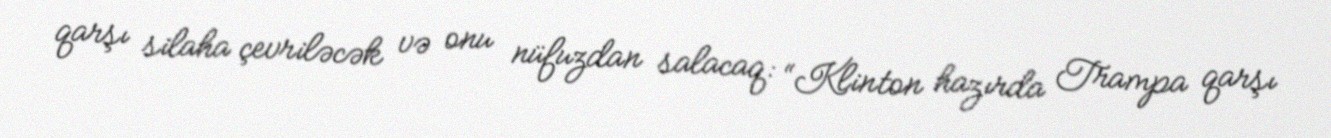
qarşı silaha çevriləcək və onu nüfuzdan salacaq: “Klinton hazırda Trampa qarşı